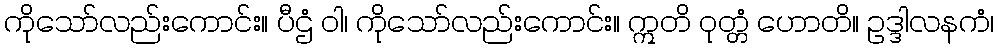
ကိုသော်လည်းကောင်း။ ပီဌံ ဝါ၊ ကိုသော်လည်းကောင်း။ ဣတိ ဝုတ္တံ ဟောတိ။ ဥဒ္ဒါလနကံ၊